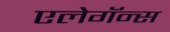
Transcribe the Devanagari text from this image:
एलेगॅन्स